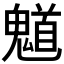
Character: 𮫤